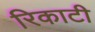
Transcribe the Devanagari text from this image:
रिकाटी